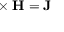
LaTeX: \mathbf { \nabla } \times \mathbf { H } = \mathbf { J }